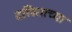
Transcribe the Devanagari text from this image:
दलिताच्या